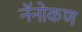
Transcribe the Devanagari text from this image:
नॅनोकण